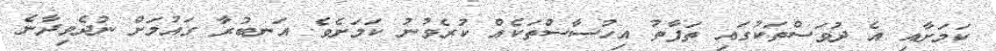
ކަމަށާއި އެ ދުވަސްތަކުގައި ތަފާތު އިހުސާސްތަކެއް ކުރެވުނު ކަމަށެވެ. އަނބުރާ ގައުމަށް ނުދެވިދާނެ